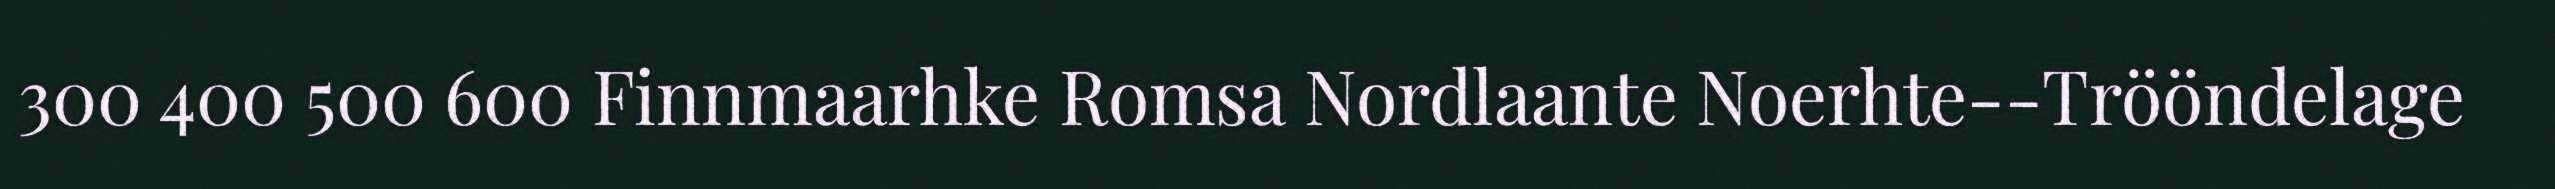
300 400 500 600 Finnmaarhke Romsa Nordlaante Noerhte-‐Trööndelage